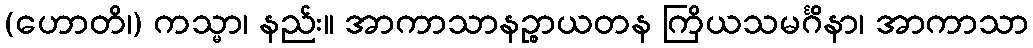
(ဟောတိ၊) ကသ္မာ၊ နည်း။ အာကာသာနဉ္စာယတန ကြိယသမင်္ဂိနာ၊ အာကာသာ